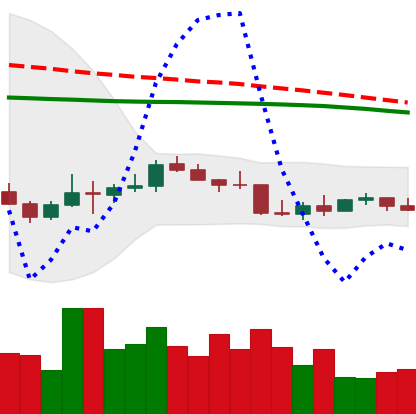
Ticker: LTC-USD
Chart end date: 2022-01-04
Forward return: -10.567%
Label: down_7plus